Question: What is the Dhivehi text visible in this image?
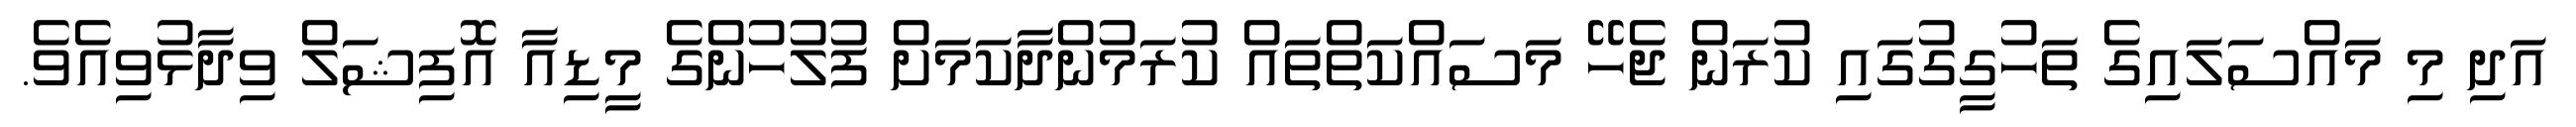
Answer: އަދި މި މައްސަލައިގެ ތަހުގީގުގައި ކުރަން ޖެހޭ މަސައްކަތްތައް ކުރަމުންދާކަމަށް ފުލުހުންގެ މީޑިއާ އޮފިޝަލް ވިދާޅުވިއެވެ.